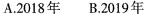
A.2018年 B.2019年